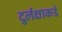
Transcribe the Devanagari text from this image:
दुर्लक्षाकडे